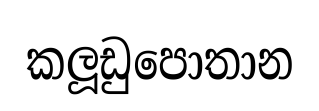
කලූඩුපොතාන